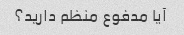
آیا مدفوع منظم دارید؟